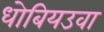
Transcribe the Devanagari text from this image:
धोबियउवा